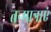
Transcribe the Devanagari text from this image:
तन्मात्राएं